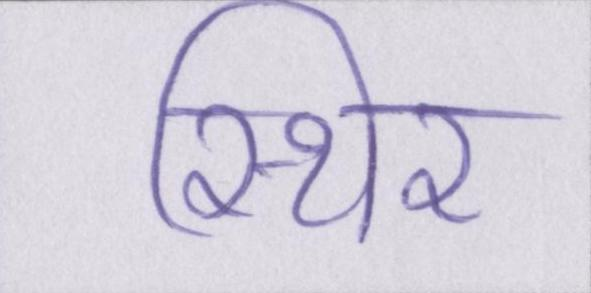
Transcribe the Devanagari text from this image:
स्थिर